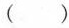
（）